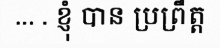
... . ខ្ញុំ បាន ប្រព្រឹត្ត